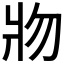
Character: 𰠐